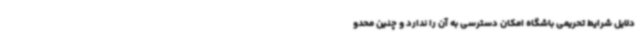
دلایل شرایط تحریمی باشگاه امکان دسترسی به آن را ندارد و چنین محدو